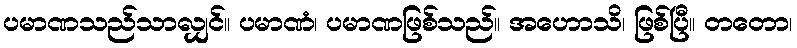
ပမာဏသည်သာလျှင်။ ပမာဏံ၊ ပမာဏဖြစ်သည်။ အဟောသိ၊ ဖြစ်ပြီ။ တတော၊